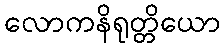
လောကနိရုတ္တိယော